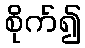
စိုက်၍